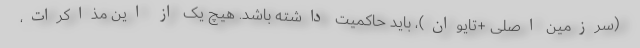
(سرزمین اصلی +تایوان)، باید حاکمیت داشته باشد. هیچ یک از این مذاکرات،